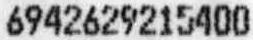
6942629215400